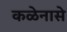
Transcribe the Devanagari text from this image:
कळेनासे